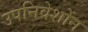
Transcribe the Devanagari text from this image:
उपनिवेशोंन